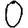
Digit: 0